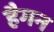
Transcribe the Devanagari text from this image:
हैगन